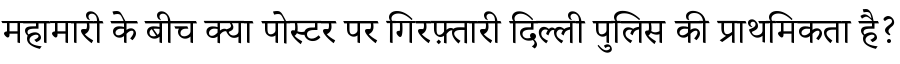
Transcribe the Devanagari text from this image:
महामारी के बीच क्या पोस्टर पर गिरफ़्तारी दिल्ली पुलिस की प्राथमिकता है?